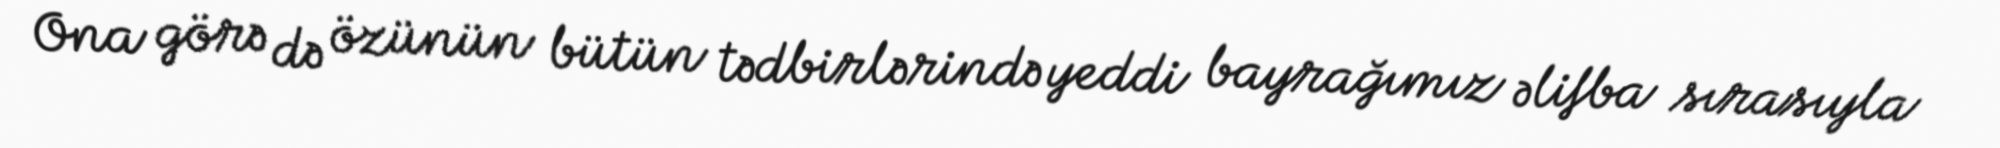
Ona görə də özünün bütün tədbirlərində yeddi bayrağımız əlifba sırasıyla